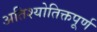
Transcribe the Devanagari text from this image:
अतिश्योतिक्तपूर्ण